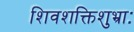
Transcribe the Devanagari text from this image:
शिवशक्तिशुभ्राः